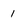
Character: 1